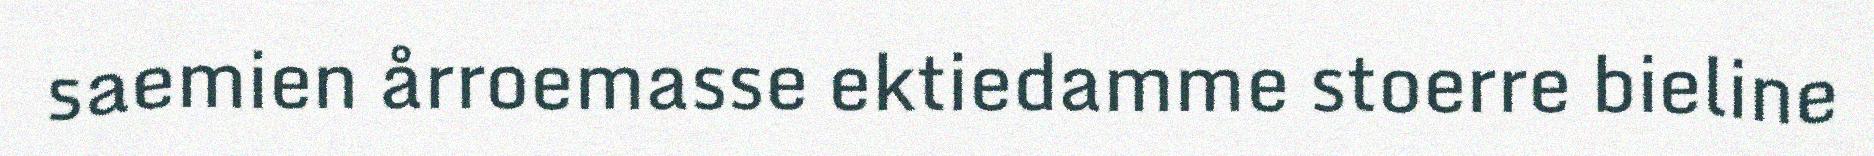
saemien årroemasse ektiedamme stoerre bieline